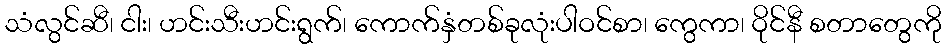
သံလွင်ဆီ၊ ငါး၊ ဟင်းသီးဟင်းရွက်၊ ကောက်နှံတစ်ခုလုံးပါဝင်စာ၊ ကွေကာ၊ ဝိုင်နီ စတာတွေကို